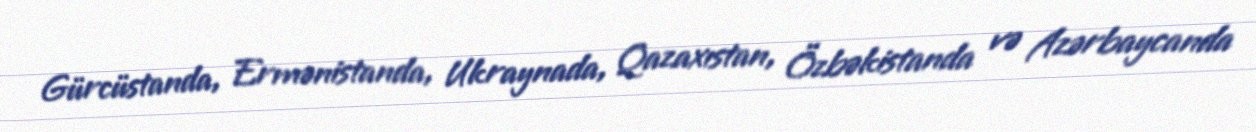
Gürcüstanda, Ermənistanda, Ukraynada, Qazaxıstan, Özbəkistanda və Azərbaycanda